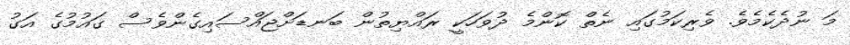
މަ ނުދެކެމެވެ. ވެރިކަމުގައި ނެތް ކޮންމެ ދުވަހަކީ ރައްޔިތުން ބަނޑަށްޖައްސައިގެންވެސް ގައުމުގެ އަގު